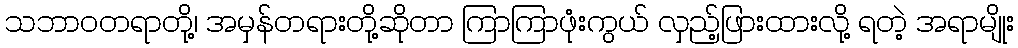
သဘာဝတရာတို့၊ အမှန်တရားတို့ဆိုတာ ကြာကြာဖုံးကွယ် လှည့်ဖြားထားလို့ ရတဲ့ အရာမျိုး